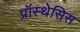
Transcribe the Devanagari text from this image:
प्रॉस्थेसिस